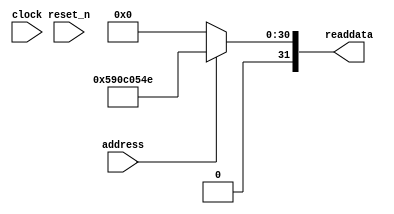
module Computer_System_SysID_1 (
                address,
                clock,
                reset_n,
                readdata
             )
;
  output  [ 31: 0] readdata;
  input            address;
  input            clock;
  input            reset_n;
  wire    [ 31: 0] readdata;
  assign readdata = address ? 1493960014 : 0;
endmodule